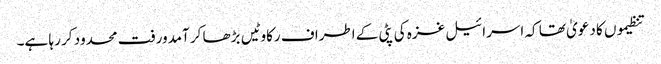
تنظیموں کا دعویٰ تھا کہ اسرائیل غزہ کی پٹی کے اطراف رکاوٹیں بڑھا کر آمدورفت محدود کر رہا ہے۔